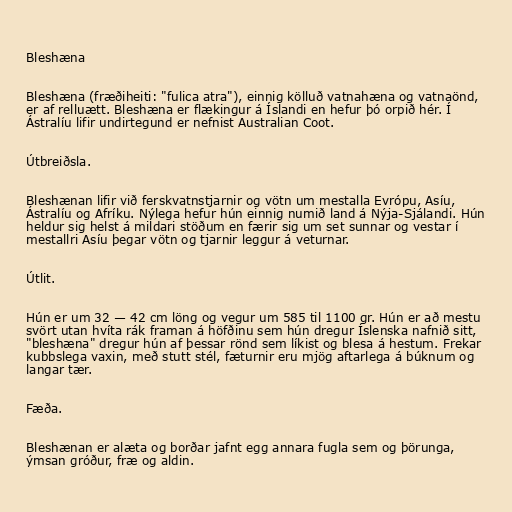
Bleshæna

Bleshæna (fræðiheiti: "fulica atra"), einnig kölluð vatnahæna og vatnaönd,
er af relluætt. Bleshæna er flækingur á Íslandi en hefur þó orpið hér. Í
Ástralíu lifir undirtegund er nefnist Australian Coot.

Útbreiðsla.

Bleshænan lifir við ferskvatnstjarnir og vötn um mestalla Evrópu, Asíu,
Ástralíu og Afríku. Nýlega hefur hún einnig numið land á Nýja-Sjálandi. Hún
heldur sig helst á mildari stöðum en færir sig um set sunnar og vestar í
mestallri Asíu þegar vötn og tjarnir leggur á veturnar.

Útlit.

Hún er um 32 — 42 cm löng og vegur um 585 til 1100 gr. Hún er að mestu
svört utan hvíta rák framan á höfðinu sem hún dregur Íslenska nafnið sitt,
"bleshæna" dregur hún af þessar rönd sem líkist og blesa á hestum. Frekar
kubbslega vaxin, með stutt stél, fæturnir eru mjög aftarlega á búknum og
langar tær.

Fæða.

Bleshænan er alæta og borðar jafnt egg annara fugla sem og þörunga,
ýmsan gróður, fræ og aldin.